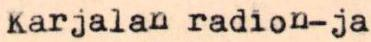
Karjalan radion- ja